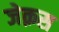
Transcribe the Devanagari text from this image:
जेक़स